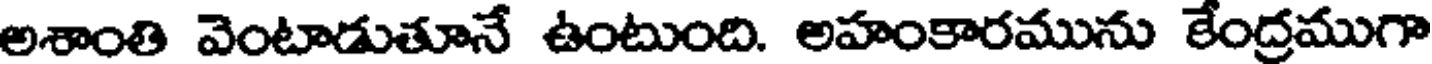
అశాంతి వెంటాడుతూనే ఉంటుంది. అహంకారమును కేంద్రముగా